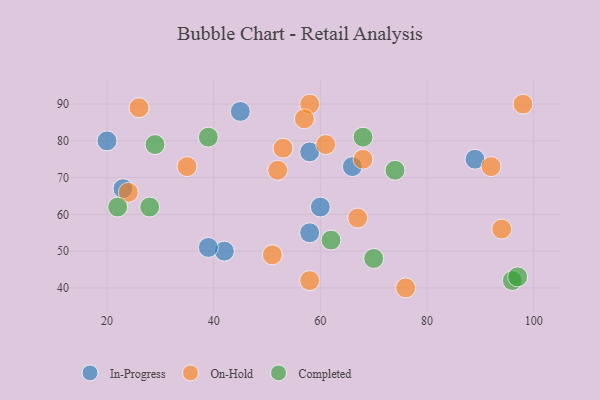
{"axis": {"x": "GDP", "y": "Life Expectancy"}, "legend": ["Completed", "In-Progress", "On-Hold"], "data": [{"x": "60", "y": 62, "type": "In-Progress"}, {"x": "89", "y": 75, "type": "In-Progress"}, {"x": "20", "y": 80, "type": "In-Progress"}, {"x": "45", "y": 88, "type": "In-Progress"}, {"x": "58", "y": 77, "type": "In-Progress"}, {"x": "42", "y": 50, "type": "In-Progress"}, {"x": "23", "y": 67, "type": "In-Progress"}, {"x": "58", "y": 55, "type": "In-Progress"}, {"x": "66", "y": 73, "type": "In-Progress"}, {"x": "39", "y": 51, "type": "In-Progress"}, {"x": "26", "y": 89, "type": "On-Hold"}, {"x": "58", "y": 90, "type": "On-Hold"}, {"x": "52", "y": 72, "type": "On-Hold"}, {"x": "67", "y": 59, "type": "On-Hold"}, {"x": "61", "y": 79, "type": "On-Hold"}, {"x": "76", "y": 40, "type": "On-Hold"}, {"x": "35", "y": 73, "type": "On-Hold"}, {"x": "94", "y": 56, "type": "On-Hold"}, {"x": "57", "y": 86, "type": "On-Hold"}, {"x": "51", "y": 49, "type": "On-Hold"}, {"x": "92", "y": 73, "type": "On-Hold"}, {"x": "24", "y": 66, "type": "On-Hold"}, {"x": "98", "y": 90, "type": "On-Hold"}, {"x": "58", "y": 42, "type": "On-Hold"}, {"x": "68", "y": 75, "type": "On-Hold"}, {"x": "53", "y": 78, "type": "On-Hold"}, {"x": "68", "y": 81, "type": "Completed"}, {"x": "22", "y": 62, "type": "Completed"}, {"x": "62", "y": 53, "type": "Completed"}, {"x": "28", "y": 62, "type": "Completed"}, {"x": "96", "y": 42, "type": "Completed"}, {"x": "74", "y": 72, "type": "Completed"}, {"x": "29", "y": 79, "type": "Completed"}, {"x": "70", "y": 48, "type": "Completed"}, {"x": "97", "y": 43, "type": "Completed"}, {"x": "39", "y": 81, "type": "Completed"}]}